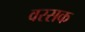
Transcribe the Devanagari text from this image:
वरसक